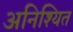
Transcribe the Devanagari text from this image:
अनिश्यित